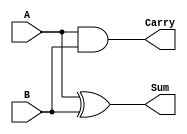
module half_adder(
    input A,
    input B,
    output Sum,
    output Carry
);
    assign Sum = A ^ B;      // Sum = A XOR B
    assign Carry = A & B;    // Carry = A AND B
endmodule